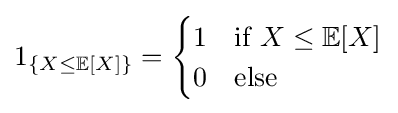
1_{\{X\leq \mathbb {E} [X]\}}={\begin{cases}1&{\text{if }}X\leq \mathbb {E} [X]\\0&{\text{else}}\end{cases}}